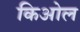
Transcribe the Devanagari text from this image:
किओल